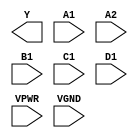
module sky130_fd_sc_hs__a2111oi (
    Y   ,
    A1  ,
    A2  ,
    B1  ,
    C1  ,
    D1  ,
    VPWR,
    VGND
);

    output Y   ;
    input  A1  ;
    input  A2  ;
    input  B1  ;
    input  C1  ;
    input  D1  ;
    input  VPWR;
    input  VGND;
endmodule